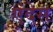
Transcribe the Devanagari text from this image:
एंदेस